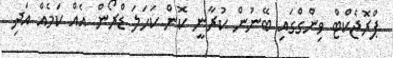
ޕްރޮޖެކްޓް ވިންގްގައި ބޭނުން ކުރާނީ ކޮން ކަހަލަ ޑްރޯން އެއް ކަމެއް އަދި